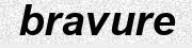
bravure